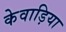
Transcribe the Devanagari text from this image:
केवाड़िया